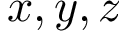
x , y , z